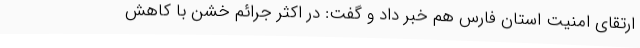
ارتقای امنیت استان فارس هم خبر داد و گفت: در اکثر جرائم خشن با کاهش